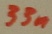
Text: 33n